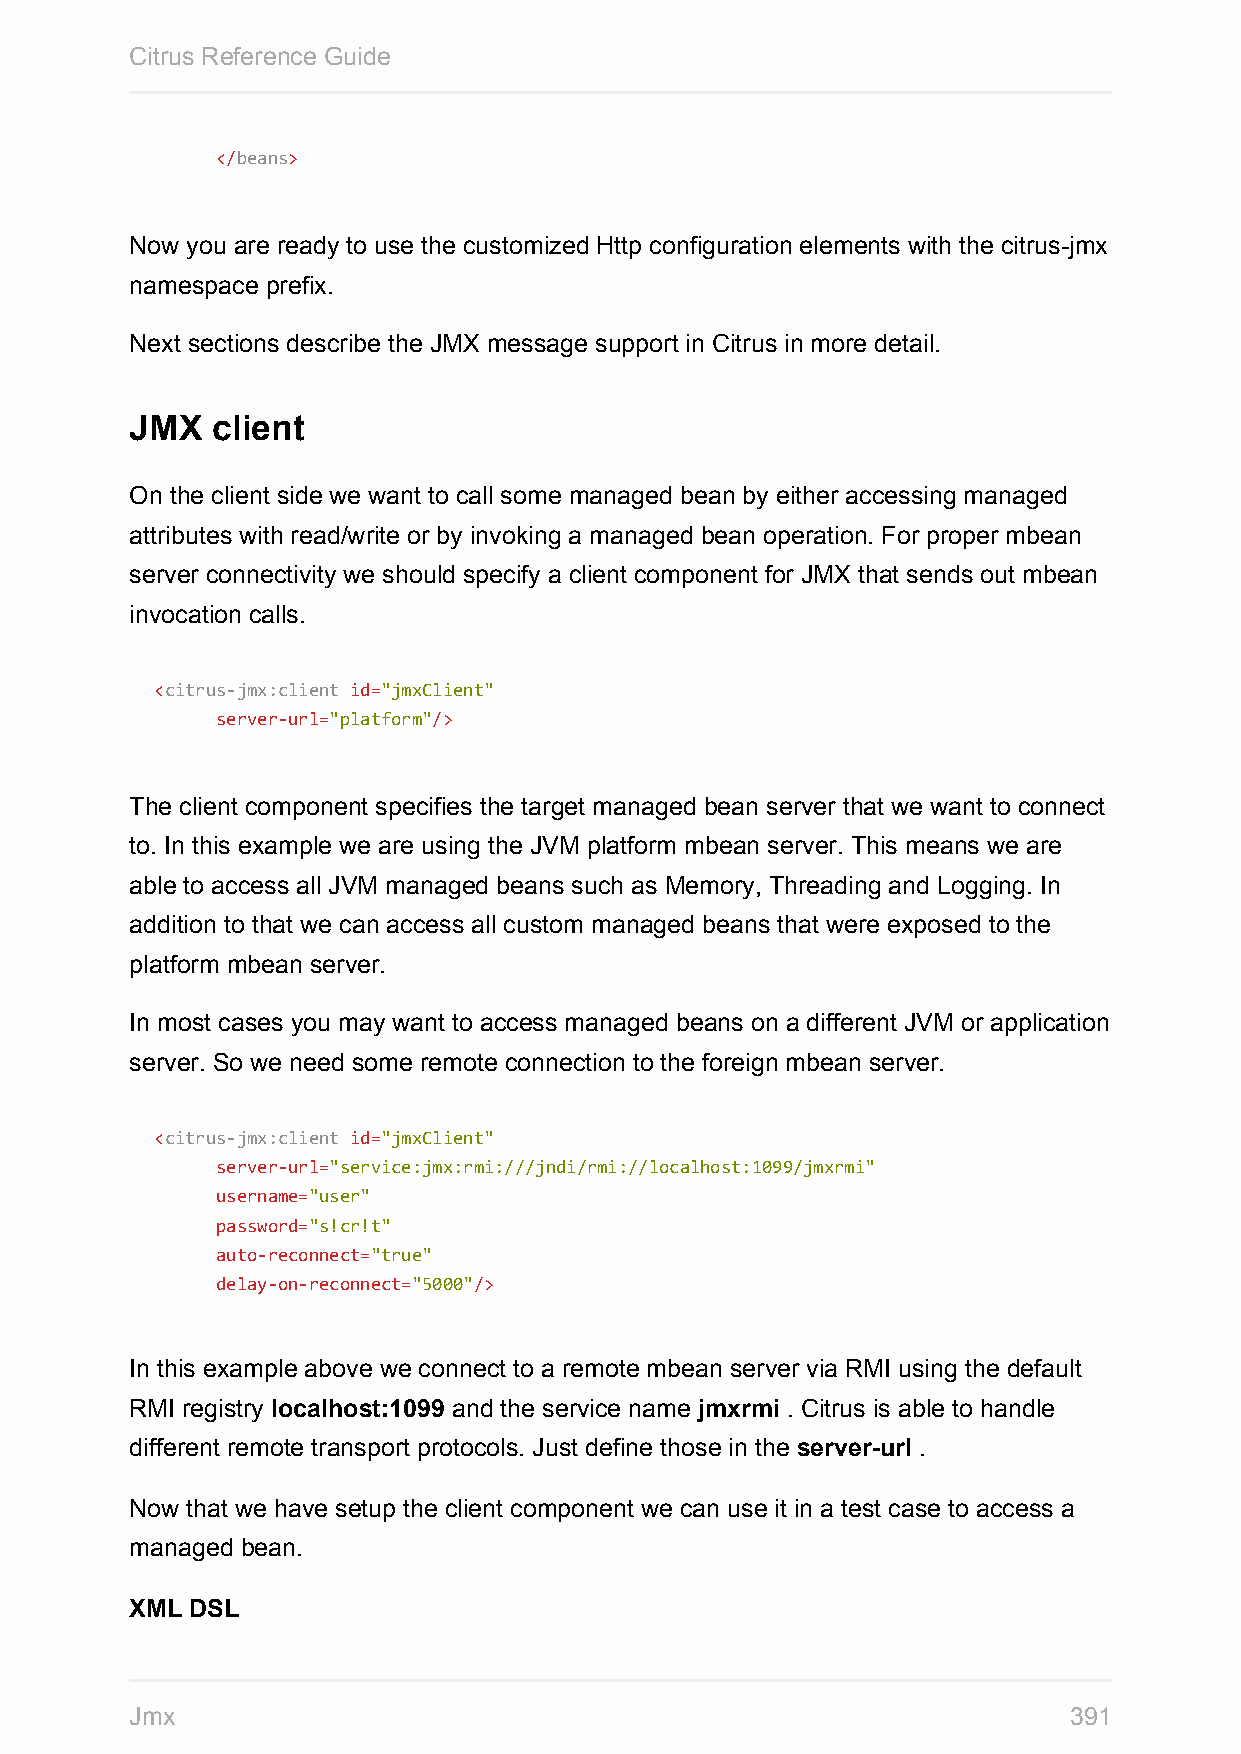
Citrus Reference Guide
 </beans>
 Now you are ready to use the customized Http configuration elements with the citrus-jmx
 namespace prefix.
 Next sections describe the JMX message support in Citrus in more detail.
 JMX  client
 On the client side we want to call some managed bean by either accessing managed
 attributes with read/write or by invoking a managed bean operation. For proper mbean
 server connectivity we should specify a client component for JMX that sends out mbean
 invocation calls.
 <citrus-jmx:client id="jmxClient"
 server-url="platform"/>
 The client component specifies the target managed bean server that we want to connect
 to. In this example we are using the JVM platform mbean server. This means we are
 able to access all JVM managed beans such as Memory, Threading and Logging. In
 addition to that we can access all custom managed beans that were exposed to the
 platform mbean server.
 In most cases you may want to access managed beans on a different JVM or application
 server. So we need some remote connection to the foreign mbean server.
 <citrus-jmx:client id="jmxClient"
 server-url="service:jmx:rmi:///jndi/rmi://localhost:1099/jmxrmi"
 username="user"
 password="s!cr!t"
 auto-reconnect="true"
 delay-on-reconnect="5000"/>
 In this example above we connect to a remote mbean server via RMI using the default
 RMI registry localhost:1099 and the service name jmxrmi . Citrus is able to handle
 different remote transport protocols. Just define those in the server-url .
 Now that we have setup the client component we can use it in a test case to access a
 managed bean.
 XML DSL
 Jmx                                                           391